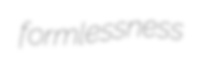
formlessness